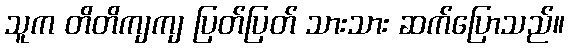
သူက တိတိကျကျ ပြတ်ပြတ် သားသား ဆက်ပြောသည်။